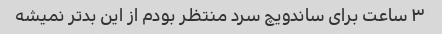
۳ ساعت برای ساندویچ سرد منتظر بودم از این بدتر نمیشه